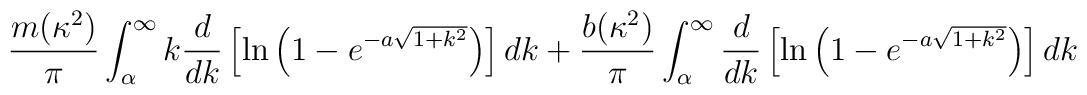
\frac{m(\kappa^2)}{\pi}\int_{\alpha}^{\infty}k\frac{d}{dk}\left[\ln\left(1-e^{-a\sqrt{1+k^2}}\right)\right]dk+ \frac{b(\kappa^2)}{\pi}\int_{\alpha}^{\infty}\frac{d}{dk}\left[\ln\left(1-e^{-a\sqrt{1+k^2}}\right)\right]dk